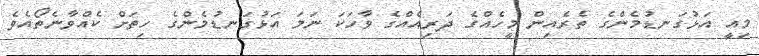
މިއީ އަޅުގަނޑުމެންގެ ތެރެއިން މީހެއްގެ ދަރިއެއްގެ ވާހަކަ ނަމަ އަޅުގަނޑުމެންގެ ހިތަށް ކެއްވާނެތޯއެވެ